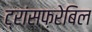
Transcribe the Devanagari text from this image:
ट्रांसफ़रेबिल